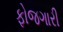
ફોજગારી